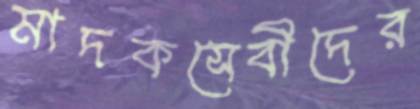
মাদকসেবীদের